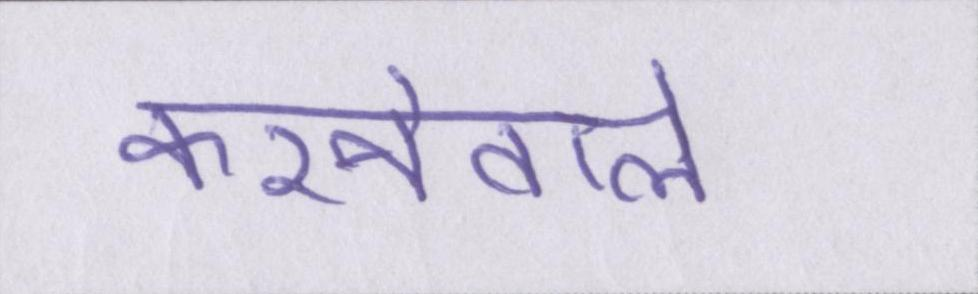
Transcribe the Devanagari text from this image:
करनेवाले